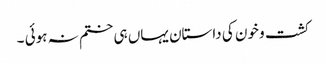
کشت و خون کی داستان یہاں ہی ختم نہ ہوئی ۔